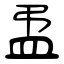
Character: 盄